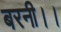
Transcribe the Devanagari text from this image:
बरनी।।